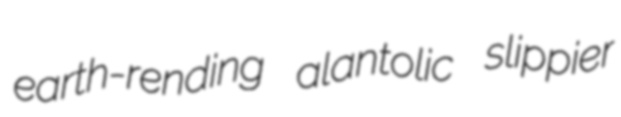
earth-rending alantolic slippier